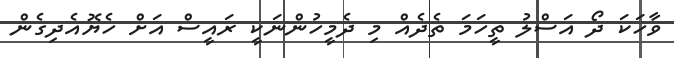
ވާހަކަ ދޯ އަސްލު ތީހަމަ ތެދެއް މި ދެމީހުންނަކީ ރައީސް އަށް ހެޔޮއެދިގެން